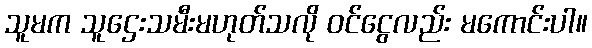
သူမက သူဌေးသမီးမဟုတ်သလို ဝင်ငွေလည်း မကောင်းပါ။